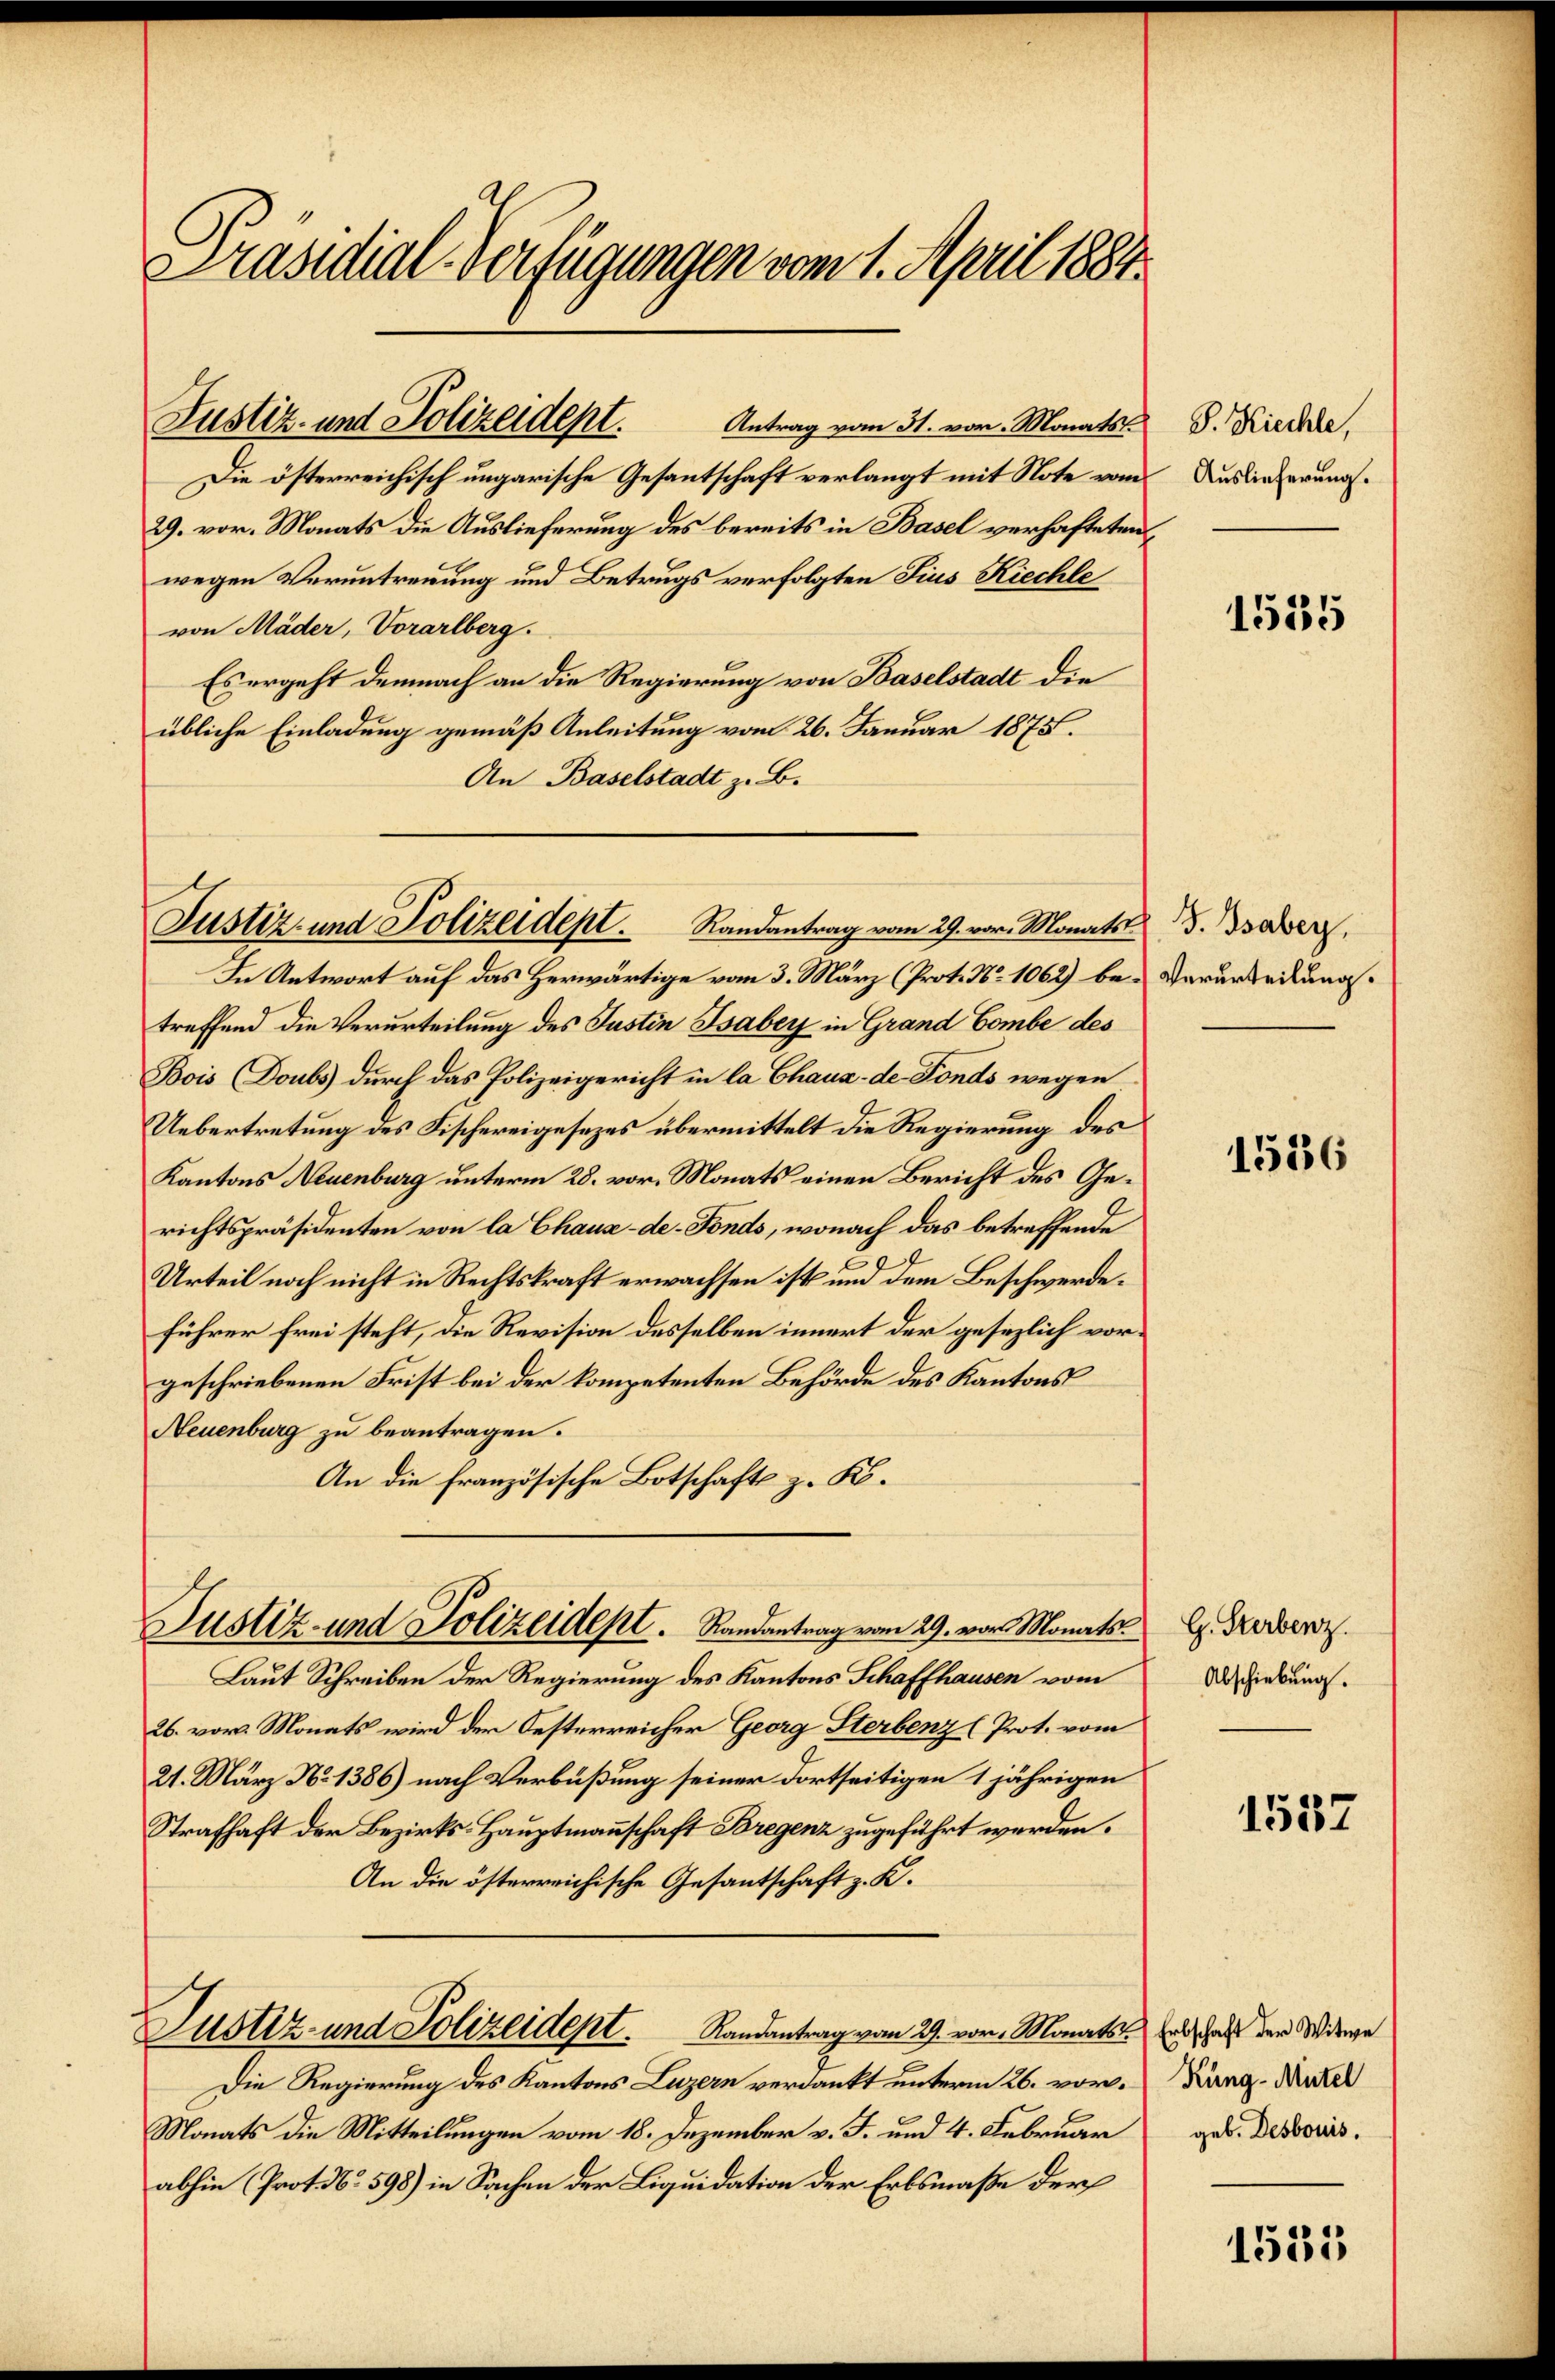
Präsidial-Verfügungen vom 1. April 1884.

Antrag vom 31. vor. Monats
Die österreichisch ungarische Gesantschaft verlangt mit Note vom
29. vor. Monats die Auslieferung des bereits in Basel verhafteten
wegen Veruntreuung und Betrugs verfolgten Sius Kiechle
von Mäder, Vorarlberg.
Es ergeht demnach an die Regierung von Baselstadt die
übliche Einladung gemäß Anleitung vom 26. Januar 1875.
An Baselstadt z. B.

Justiz- und Polizeidept.

Justiz- und Polizeidept. Randantrag vom 29. vor. Monats d. Baber,

In Antwort auf das Herwärtige vom 3. März (Prot. No 1062) be- Verurteilung.
treffend die Verurteilung des Justin Isaber in Grand Gombe des
Bois (Doubs durch das Polizeigericht in la Chaux-de- Fonds wegen
Uebertretung des Fischereigesezes übermittelt die Regierung des
Kantons Neuenburg unterm 28. vor. Monats einen Bericht des Gerichtspräsidenten von la Chaux-de-Fonds, wonach das betreffende
Urteil noch nicht in Rechtskraft erwachsen ist und dem Beschwerdeführer frei steht, die Revision desselben innert der gesezlich vorgeschriebenen Frist bei der kompetenten Behörde des Kantons
Neuenburg zu beantragen.
An die französische Botschaft z. K.
Justiz- und Polizeident. Randantrag vom 29. vor Monats.
Laut Schreiben der Regierung des Kantons Schaffhausen vom
26. vor. Monats wird der Oesterreicher Georg Sterbenz (Prot. vom
21. März N. 1386) nach Verbüßung seiner dortseitigen 1 jährigen
Strafhaft der Bezirks- Hauptmannschaft Bregenz zugeführt werden.
An die österreichische Gesantschaft z. K.
Justiz- und Polizeident. Randantrag vom 29. vor. Monats Erbschaft der Witwe
Die Regierung des Kantons Luzern verdankt unterm 26. vor. Kang-Mutel
Monats die Mitteilungen vom 18. Dezember v. J. und 4. Februar
abhin (Prot. . 598) in Sachen der Liquidation der Erbsmaße der

S. Kiechle,
Auslieferung.

1535

1536

G. Sterbenz.
Abschiebung.

1532

geb. Desbouis.

1535